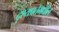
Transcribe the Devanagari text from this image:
दृश्यप्रतेमधील